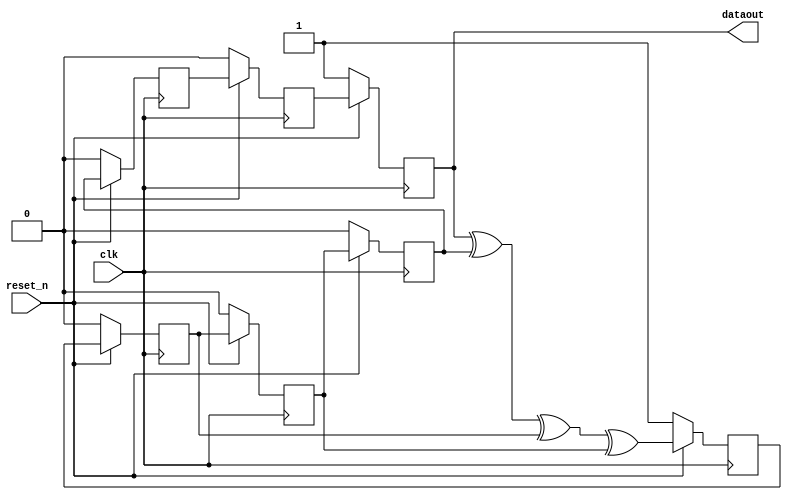
module chip_PN_Seq(
		clk,
		reset_n,	
		dataout
);

	input clk;
	input reset_n;
	output wire dataout;
	reg    c[ 7 : 1 ] ; 
	reg feedback;
	
	always @(posedge clk) 
	begin
		if(!reset_n)
			begin
				c[1] <= 1'b1;
				c[2] <= 1'b0;
				c[3] <= 1'b0;
				c[4] <= 1'b0;
				c[5] <= 1'b0;
				c[6] <= 1'b0;
				c[7] <= 1'b1;
			end
		else
			begin
				feedback = c[7]^c[4]^c[2]^c[3];
				c[1] <= feedback;
				c[2] <= c[1];
				c[3] <= c[2];
				c[4] <= c[3];
				c[5] <= c[4];
				c[6] <= c[5];
				c[7] <= c[6];
			end	
	end
	assign dataout = c[7];
	
endmodule